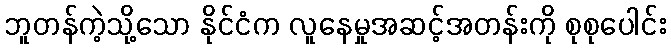
ဘူတန်ကဲ့သို့သော နိုင်ငံက လူနေမှုအဆင့်အတန်းကို စုစုပေါင်း